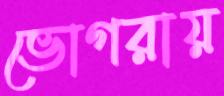
ভোগরায়